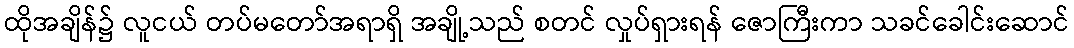
ထိုအချိန်၌ လူငယ် တပ်မတော်အရာရှိ အချို့သည် စတင် လှုပ်ရှားရန် ဇောကြီးကာ သခင်ခေါင်းဆောင်